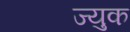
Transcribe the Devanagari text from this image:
ज्युक